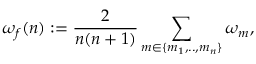
\omega _ { f } ( n ) : = \frac { 2 } { n ( n + 1 ) } \sum _ { m \in \{ m _ { 1 } , . . , m _ { n } \} } \omega _ { m } ,